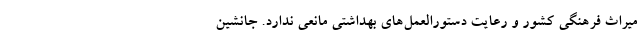
میراث فرهنگی کشور و رعایت دستورالعمل‌های بهداشتی مانعی ندارد. جانشین